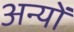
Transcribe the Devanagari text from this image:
अन्‍यों